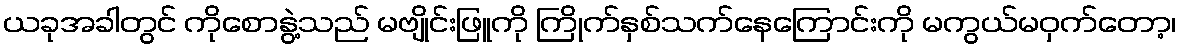
ယခုအခါတွင် ကိုစောနွဲ့သည် မဗျိုင်းဖြူကို ကြိုက်နှစ်သက်နေကြောင်းကို မကွယ်မဝှက်တော့၊